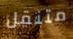
متنقل